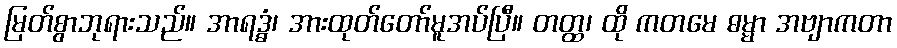
မြတ်စွာဘုရားသည်။ အာရဒ္ဓံ၊ အားထုတ်တော်မူအပ်ပြီ။ တတ္ထ၊ ထို ကတမေ ဓမ္မာ အဗျာကတာ